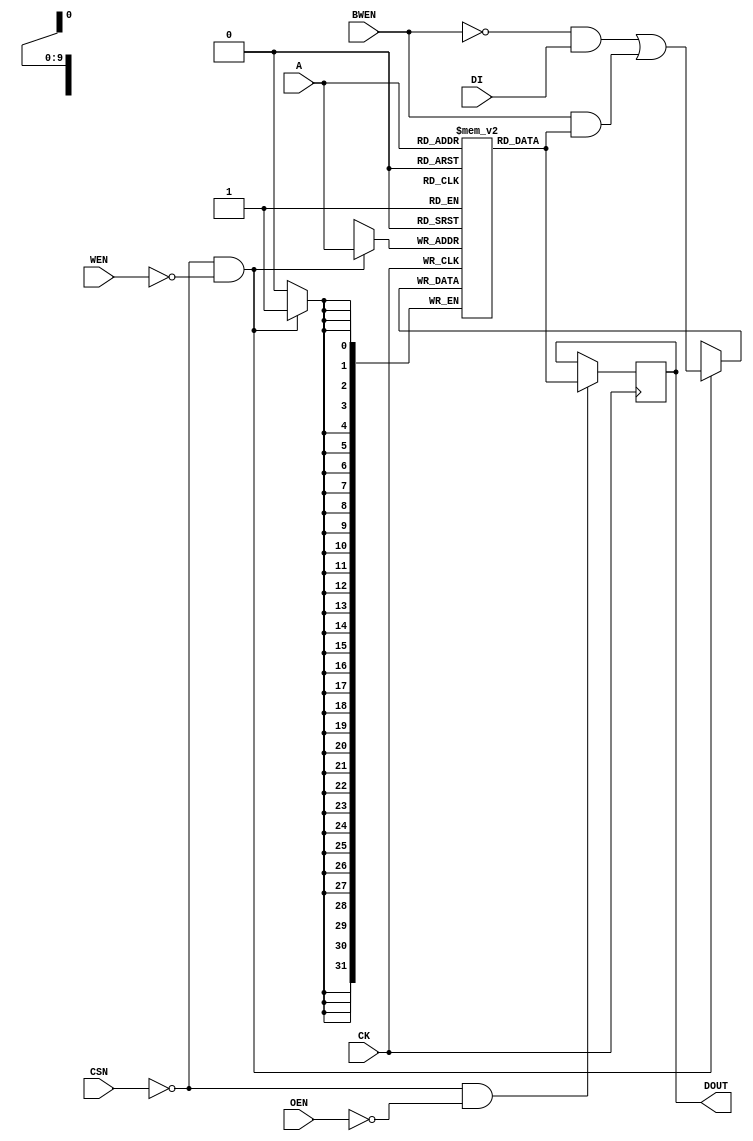
module SPSRAM #(
	parameter	D_WIDTH = 32,
	parameter	DEPTH = 1024,
	parameter	A_WIDTH = 10,
	parameter	INIT_FILE = "test.hex",
	parameter	INITIALIZE = 0
)(
	input	wire	CK, 
	input	wire	CSN, 
	input	wire	WEN, 
	input	wire	OEN, 
	input	wire	[A_WIDTH-1:0]	A, 
	input	wire	[D_WIDTH-1:0]	BWEN, 
	input	wire	[D_WIDTH-1:0]	DI,
	output	reg	[D_WIDTH-1:0]	DOUT
);

reg	[D_WIDTH-1:0]	dataArray [0:DEPTH-1];

always @ (posedge CK) begin
	if(~CSN & ~OEN)
		DOUT <= dataArray[A];
end


always @ (posedge CK) begin
	if(~CSN & ~WEN)
		dataArray[A] <= (~BWEN&DI) | (BWEN&dataArray[A]);
end


initial begin
	if(INITIALIZE>0)
		$display($time, "\tLoading %s", INIT_FILE);
	if(INITIALIZE==1)
		$readmemb(INIT_FILE, dataArray);
	else if(INITIALIZE==2)
		$readmemh(INIT_FILE, dataArray);
end


endmodule